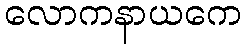
လောကနာယကေ